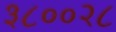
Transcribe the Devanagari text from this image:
३८००२८